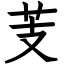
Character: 芰